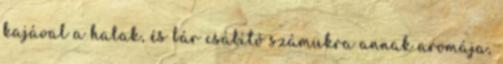
kajával a halak, és bár csábító számukra annak aromája,